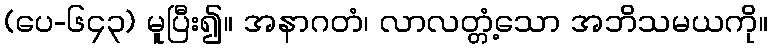
(ပေ-၆၄၃) မူပြီး၍။ အနာဂတံ၊ လာလတ္တံ့သော အဘိသမယကို။